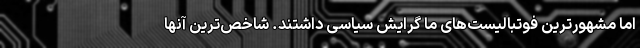
اما مشهورترین فوتبالیست‌های ما گرایش سیاسی داشتند. شاخص‌ترین آنها